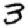
Digit: 3